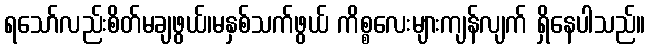
ရသော်လည်းစိတ်မချဖွယ်၊မနှစ်သက်ဖွယ် ကိစ္စလေးများကျန်လျက် ရှိနေပါသည်။